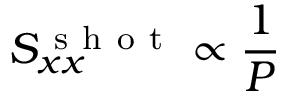
S _ { x x } ^ { \mathrm { ~ s ~ h ~ o ~ t ~ } } \propto \frac { 1 } { P }